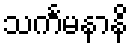
သင်္ကမနာနိ